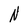
Character: N